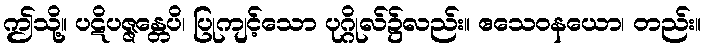
ဤသို့။ ပဋိပဇ္ဇန္တေပိ၊ ပြုကျင့်သော ပုဂ္ဂိုလ်၌လည်း။ ဧသေဝနယော၊ တည်း။